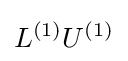
L^{(1)}U^{(1)}